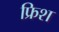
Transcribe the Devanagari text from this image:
फ्रिश